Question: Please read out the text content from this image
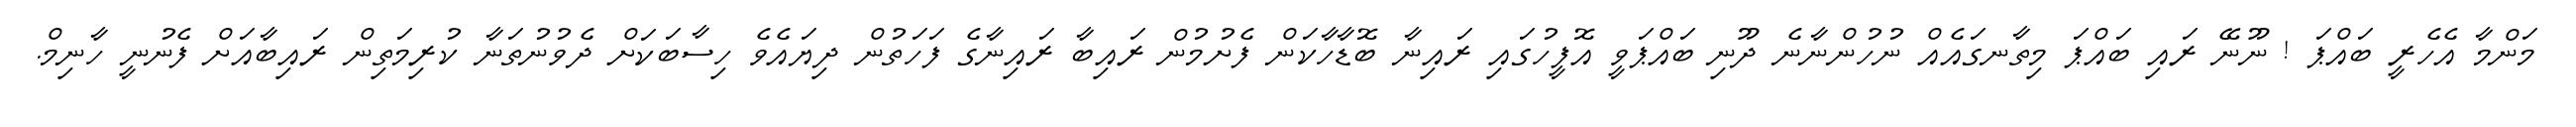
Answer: މަންމާ އެހެރީ ބައްޕަ ! ނޫނޭ ރައި ބައްޕަ މިތާނގައެއް ނުހުންނާނެ ދޫނި ބައްޕަވީ އޮފީހުގައި ރައިނާ ބޮޑާހާކަން ފެށުމުން ރައިބާ ރައިނާގެ ފަހަތުން ދިޔައެވެ ހިސާބަކަށް ދެވުނުތަނާ ކުރިމަތިން ރައިބާއަށް ފެނުނީ ހާނިމް.